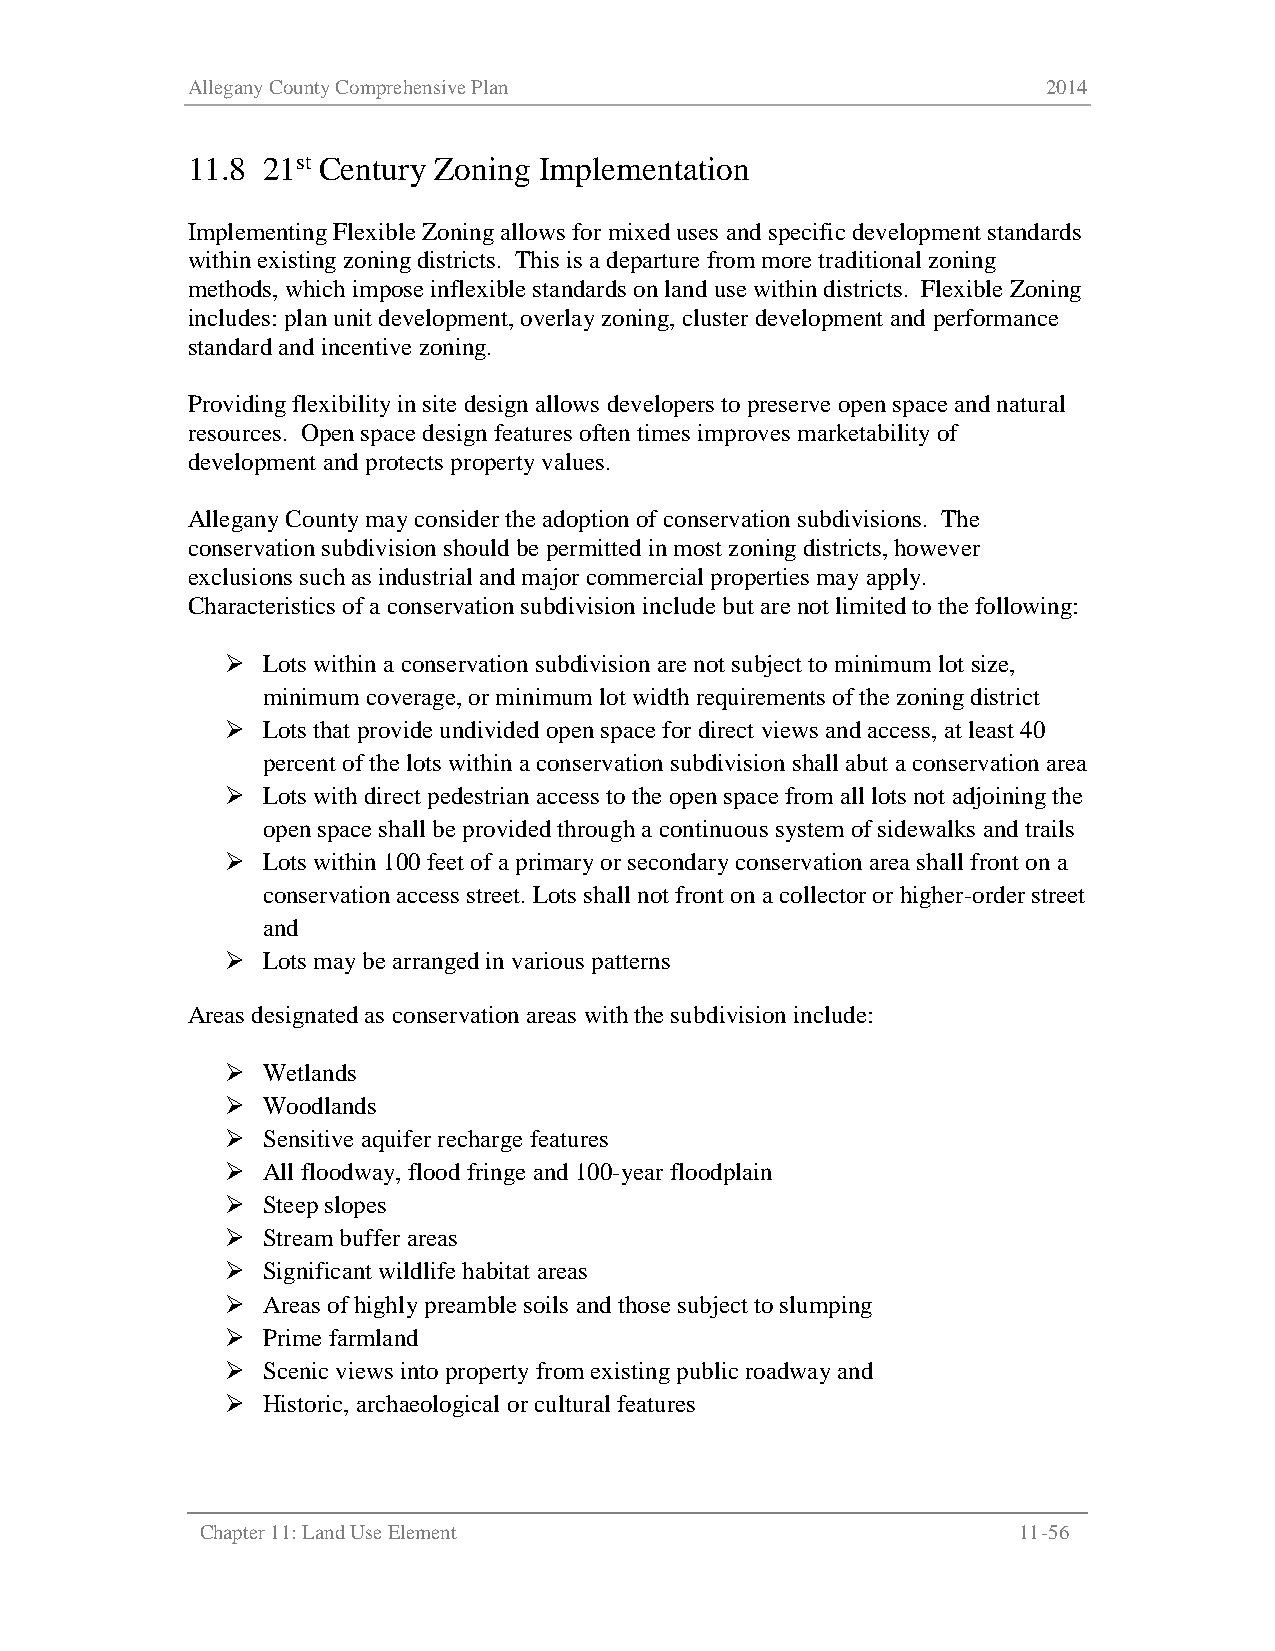
Allegany County Comprehensive Plan                       2014
 11.8 21st Century Zoning Implementation
 Implementing Flexible Zoning allows for mixed uses and specific development standards
 within existing zoning districts. This is a departure from more traditional zoning
 methods, which impose inflexible standards on land use within districts. Flexible Zoning
 includes: plan unit development, overlay zoning, cluster development and performance
 standard and incentive zoning.
 Providing flexibility in site design allows developers to preserve open space and natural
 resources. Open space design features often times improves marketability of
 development and protects property values.
 Allegany County may consider the adoption of conservation subdivisions. The
 conservation subdivision should be permitted in most zoning districts, however
 exclusions such as industrial and major commercial properties may apply.
 Characteristics of a conservation subdivision include but are not limited to the following:
  Lots within a conservation subdivision are not subject to minimum lot size,
 minimum coverage, or minimum lot width requirements of the zoning district
  Lots that provide undivided open space for direct views and access, at least 40
 percent of the lots within a conservation subdivision shall abut a conservation area
  Lots with direct pedestrian access to the open space from all lots not adjoining the
 open space shall be provided through a continuous system of sidewalks and trails
  Lots within 100 feet of a primary or secondary conservation area shall front on a
 conservation access street. Lots shall not front on a collector or higher-order street
 and
  Lots may be arranged in various patterns
 Areas designated as conservation areas with the subdivision include:
  Wetlands
  Woodlands
  Sensitive aquifer recharge features
  All floodway, flood fringe and 100-year floodplain
  Steep slopes
  Stream buffer areas
  Significant wildlife habitat areas
  Areas of highly preamble soils and those subject to slumping
  Prime farmland
  Scenic views into property from existing public roadway and
  Historic, archaeological or cultural features
 Chapter 11: Land Use Element                          11-56